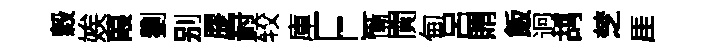
穀娭葭劉别膠罸较庫E慚閴甸呂賄飯迥鸪椘厓